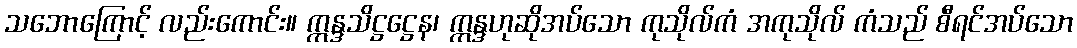
သဘောကြောင့် လည်းကောင်း။ ဣန္ဒသိဋ္ဌဋ္ဌေန၊ ဣန္ဒဟုဆိုအပ်သော ကုသိုလ်ကံ အကုသိုလ် ကံသည် စီရင်အပ်သော